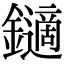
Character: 𨮹